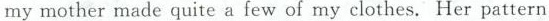
my mother made quite a few of my clothes. Her pattern